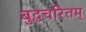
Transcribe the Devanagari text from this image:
बुद्धचरितम्‌